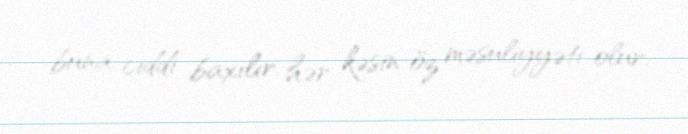
buna ciddi baxılır, hər kəsin öz məsuliyyəti olur.